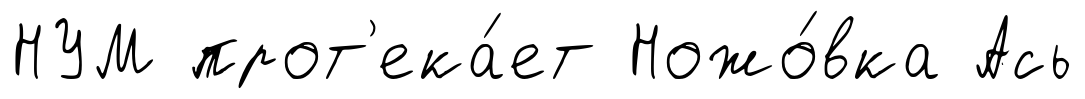
НУМ прот'ека́ет Ножо́вка Ась